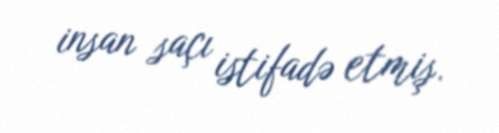
insan saçı istifadə etmiş.